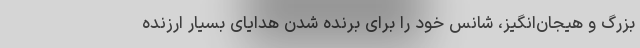
بزرگ و هیجان‌انگیز، شانس خود را برای برنده شدن هدایای بسیار ارزنده